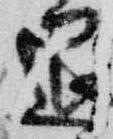
退